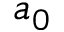
a _ { 0 }